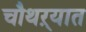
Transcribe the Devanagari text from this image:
चौथऱ्यात